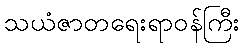
သယံဇာတရေးရာဝန်ကြီး